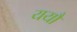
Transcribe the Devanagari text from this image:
ययौ